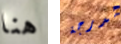
هنا لدرجة